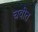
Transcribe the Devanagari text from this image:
चवीत